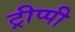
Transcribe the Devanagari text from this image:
ट्रीप्पी